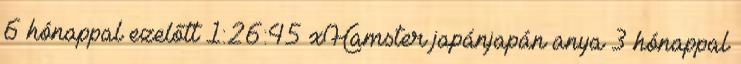
6 hónappal ezelőtt 1:26:45 xHamster japánjapán anya 3 hónappal